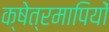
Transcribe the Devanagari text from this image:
क्षेत्रमापियों